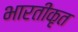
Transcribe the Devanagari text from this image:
भारतीकृत